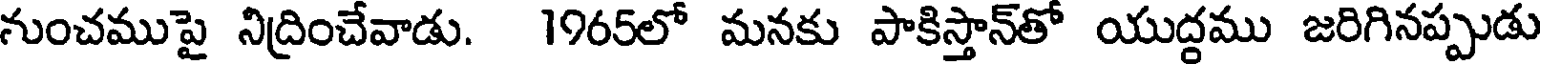
నుంచముపై నిద్రించేవాడు. 1965లో మనకు పాకిస్తాన్తో యుద్దము జరిగినప్పుడు